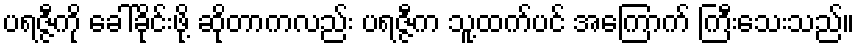
ပရဇ္ဇီကို ခေါ်ခိုင်းဖို့ ဆိုတာကလည်း ပရဇ္ဇီက သူ့ထက်ပင် အကြောက် ကြီးသေးသည်။